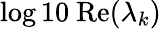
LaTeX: \log 10\ \textrm{Re}(\lambda_{k})